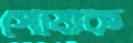
পোষাক